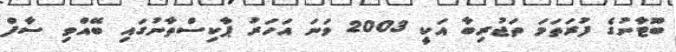
ބޫޓާނުގެ ފުރަތަމަ ތަޖުރިބާ އަކީ 2003 ވަނަ އަހަރު ޕާކިސްތާނުގައި ބޭއްވި ސާފް